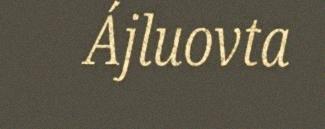
Ájluovta